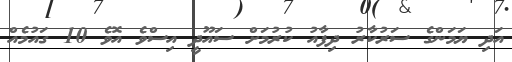
އަދި ޔަމަންގެ ސަރުކާރު ދިފާއު ކުރުމަށް ސައޫދީ އިސްވެ އޮވެ 10 ގައުމެއް